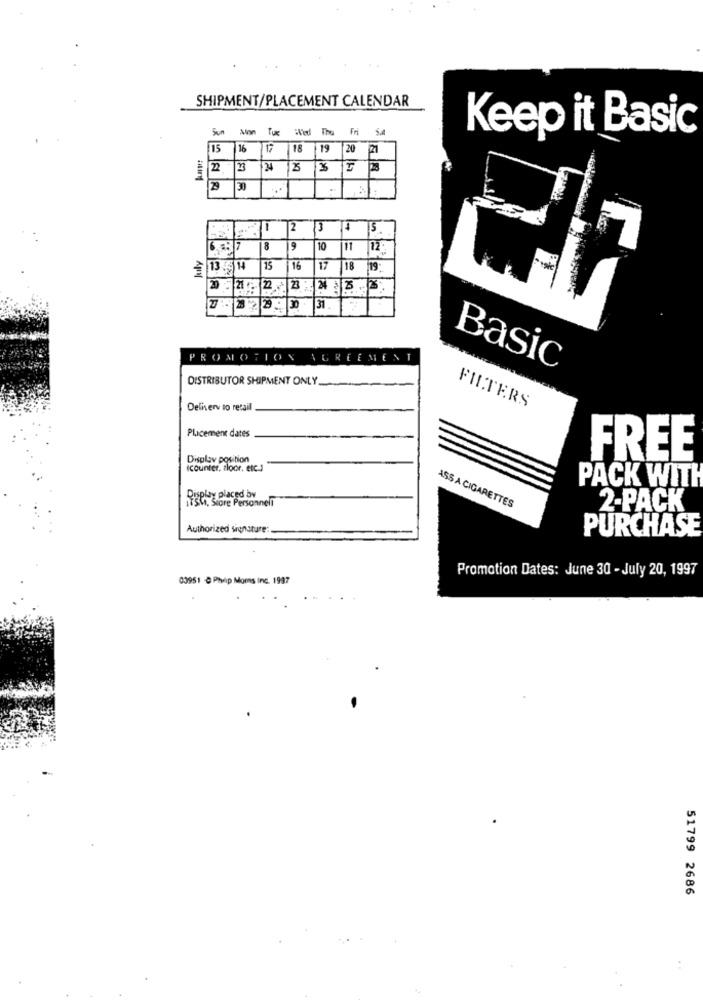
SHIPMENT/PLACEMENT CALENDAR
Sun Mon Tue Wed The Fri S.4
Keep it Basic
15 16
17 18 19 20 21
29 30
1
2
4 5.
July
8
9
10
12.
13:514
15
16
17
18
19:
20
22 - 3 % ..
24 &
: 30
31
ROMOTION
AGREEMENT
Basic
DISTRIBUTOR SHIPMENT ONLY
FILTERS
Delivery to retail
Placement dates
Display position
FREE
icounter, rloor, etc.)
PACK WITH
Display placed bw
She, Store Personnell
ASS A CIGARETTES
2-PACK
Authorized sonsture:
PURCHASE
Promotion Dates: June 30 - July 20, 1997
03951 -C Phyep Moms Inc. 1997
51799 2686